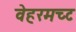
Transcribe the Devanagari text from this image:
वेहरमच्ट